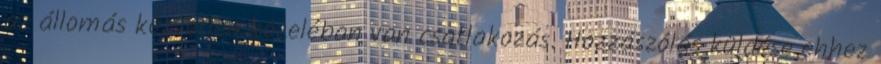
az állomás közvetlen közeléban van csatlakozás. Hozzászólás küldése ehhez